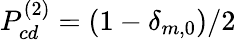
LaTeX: P_{cd}^{(2)}=\left(1-\delta_{m,0}\right)/2